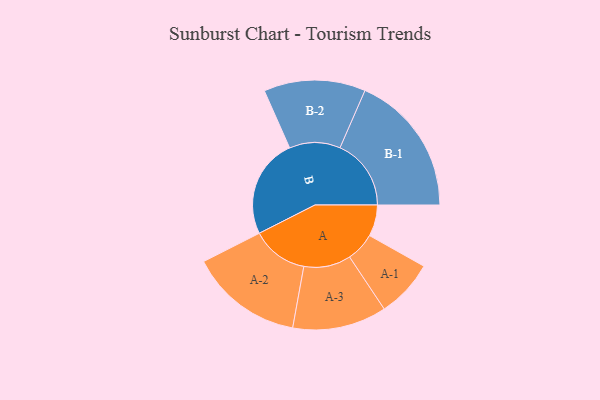
{"axis": {"x": "Segment", "y": "Value"}, "legend": ["", "A", "B"], "data": [{"x": "A", "y": 116, "type": ""}, {"x": "B", "y": 368, "type": ""}, {"x": "A-1", "y": 107, "type": "A"}, {"x": "A-2", "y": 209, "type": "A"}, {"x": "A-3", "y": 174, "type": "A"}, {"x": "B-1", "y": 263, "type": "B"}, {"x": "B-2", "y": 188, "type": "B"}]}